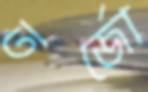
তর্জো